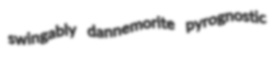
swingably dannemorite pyrognostic